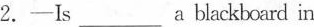
2.-Is___a blackboard in